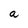
Character: a